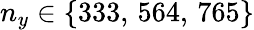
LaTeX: n_{y}\in\{ 333,\, 564,\, 765\}